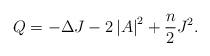
LaTeX: \begin{align*}Q=-\Delta J-2\left\vert A\right\vert ^{2}+\frac{n}{2}J^{2}. \end{align*}